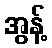
အွန့်